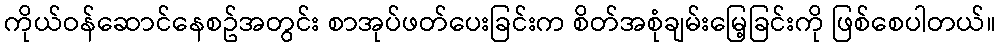
ကိုယ်ဝန်ဆောင်နေစဥ်အတွင်း စာအုပ်ဖတ်ပေးခြင်းက စိတ်အစုံချမ်းမြေ့ခြင်းကို ဖြစ်စေပါတယ်။